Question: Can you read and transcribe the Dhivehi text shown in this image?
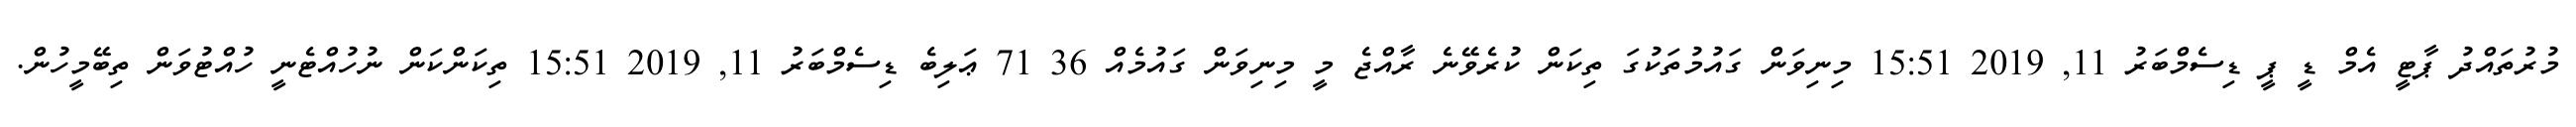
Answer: މުރުތައްދު ޕާޓީ އެމް ޑީ ޕީ ޑިސެމްބަރު 11, 2019 15:51 މިނިވަން ގައުމުތަކުގަ ތިކަން ކުރެވޭނެ ރާއްޖެ މީ މިނިވަން ގައުމެއް 36 71 ޢަލިބެ ޑިސެމްބަރު 11, 2019 15:51 ތިކަންކަން ނުހުއްޓެނީ ހުއްޓުވަން ތިބޭމީހުން.